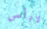
لابأس